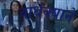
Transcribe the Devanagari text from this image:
वार्धक्याने